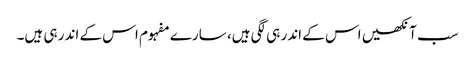
سب آنکھیں اس کے اندر ہی لگی ہیں، سارے مفہوم اس کے اندر ہی ہیں۔